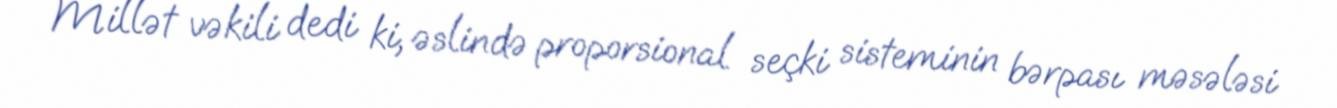
Millət vəkili dedi ki, əslində proporsional seçki sisteminin bərpası məsələsi